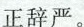
正辞严。